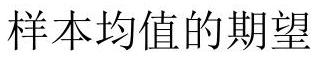
样本均值的期望